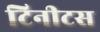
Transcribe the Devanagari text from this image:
टिनीटस